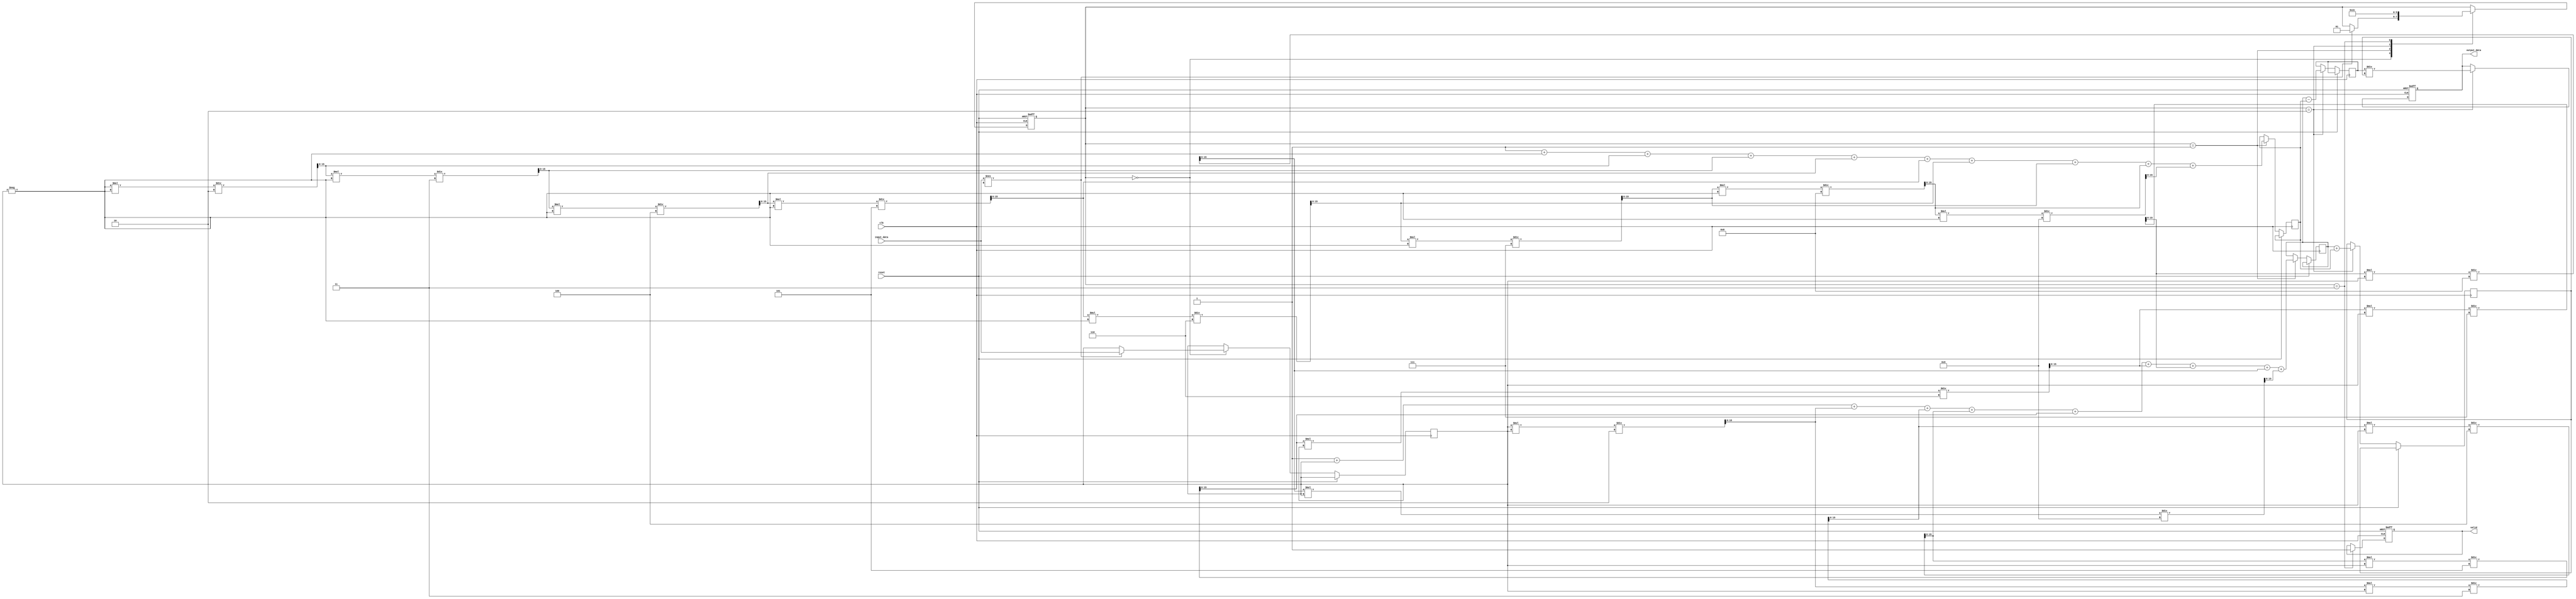
module tanh_block (
    input wire [15:0] input_data,  // Fixed-point input (16-bit)
    input wire clk,                 // Clock signal
    input wire reset,               // Asynchronous reset
    output reg [15:0] output_data,  // Fixed-point output (16-bit)
    output reg valid                // Output valid signal
);

    // Internal signals
    reg [15:0] x;                   // Input value
    reg [15:0] exp_x;               // e^x
    reg [15:0] exp_neg_x;           // e^(-x)
    reg [1:0] state;                // State for FSM
    reg [15:0] numerator;           // Numerator for tanh calculation
    reg [15:0] denominator;         // Denominator for tanh calculation

    // State encoding
    localparam IDLE      = 2'b00;
    localparam CALC_EXP  = 2'b01;
    localparam CALC_TANH = 2'b10;
    localparam OUTPUT     = 2'b11;

    // Exponential approximation using Taylor series (limited precision)
    function [15:0] exp_approx(input [15:0] x);
        reg [15:0] term;
        reg [15:0] sum;
        integer i;
        begin
            sum = 16'h0001; // e^0 = 1
            term = x; // First term is x
            for (i = 1; i < 10; i = i + 1) begin
                sum = sum + term;
                term = (term * x) / (i + 1); // x^n / n!
            end
            exp_approx = sum;
        end
    endfunction

    // State machine for tanh computation
    always @(posedge clk or posedge reset) begin
        if (reset) begin
            state <= IDLE;
            output_data <= 16'h0000;
            valid <= 1'b0;
        end else begin
            case (state)
                IDLE: begin
                    if (input_data !== 16'hxxxx) begin // Check for valid input
                        x <= input_data;
                        state <= CALC_EXP;
                    end
                end

                CALC_EXP: begin
                    exp_x <= exp_approx(x);
                    exp_neg_x <= exp_approx(-x);
                    state <= CALC_TANH;
                end

                CALC_TANH: begin
                    numerator <= exp_x - exp_neg_x;
                    denominator <= exp_x + exp_neg_x;
                    output_data <= numerator / denominator; // Fixed-point division
                    state <= OUTPUT;
                end

                OUTPUT: begin
                    valid <= 1'b1; // Indicate output is valid
                    state <= IDLE; // Go back to IDLE
                end

                default: state <= IDLE; // Default case
            endcase
        end
    end

endmodule